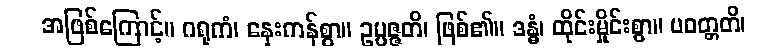
အဖြစ်ကြောင့်။ ဂရုကံ၊ နှေးကန်စွာ။ ဥပ္ပဇ္ဇတိ၊ ဖြစ်၏။ ဒန္ဓံ၊ ထိုင်းမှိုင်းစွာ။ ပဝတ္တတိ၊